Annual report on the mental hospital in the Central Provinces and Berar (Nagpur) - 1927-1951
Year: 1927
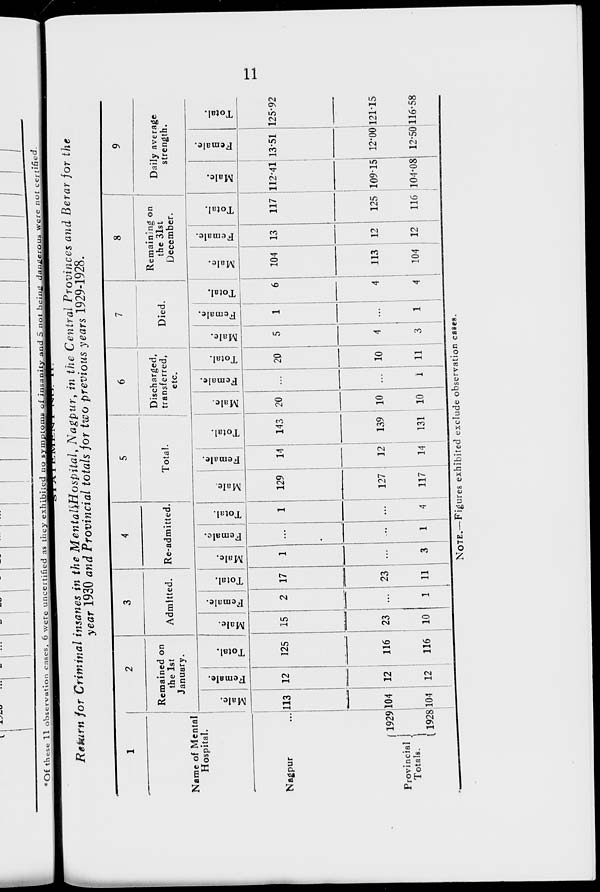
11
Return for Criminal insanes in the Mental Hospital, Nagpur, in the Central Provinces and Berar for the
year 1930 and Provincial totals for two previous years 1929-1928.
1
Name of Mental
Hospital.
Nagpur ...
Provincial
Totals.
1929
1928
2
Remained on
the 1st
January.
Male.
113
104
104
Female.
12
12
12
Total.
125
116
116
3
Admitted.
Male.
15
23
10
Female.
2
...
1
Total.
17
23
11
4
Re-admitted.
Male.
1
...
3
Female.
...
...
1
Total.
1
...
4
5
Total.
Male.
129
127
117
Female.
14
12
14
Total.
143
139
131
6
Discharged,
transferred,
etc.
Male.
20
10
10
Female.
...
...
1
Total.
20
10
11
7
Died.
Male.
5
4
3
Female.
1
...
1
Total.
6
4
4
8
Remaining on
the 31st
December.
Male.
104
113
104
Female.
13
12
12
Total.
117
125
116
9
Daily average
strength.
Male.
112.41
109.15
104.08
Female.
13.51
12.00
12.50
Total.
125.92
121.15
116.58
NOTE.— Figures exhibited exclude observation cases.